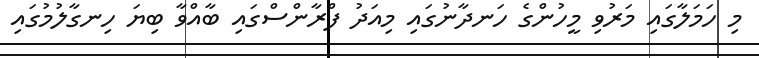
މި ހަމަލާގައި މަރުވި މީހުންގެ ހަނދާނުގައި މިއަދު ފްރާންސްގައި ބާއްވާ ބިޔަ ހިނގާލުމުގައި